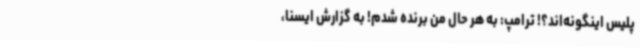
پلیس اینگونه‌اند؟! ترامپ: به هر حال من برنده شدم! به گزارش ایسنا،